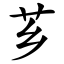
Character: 芗